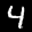
Label: 4